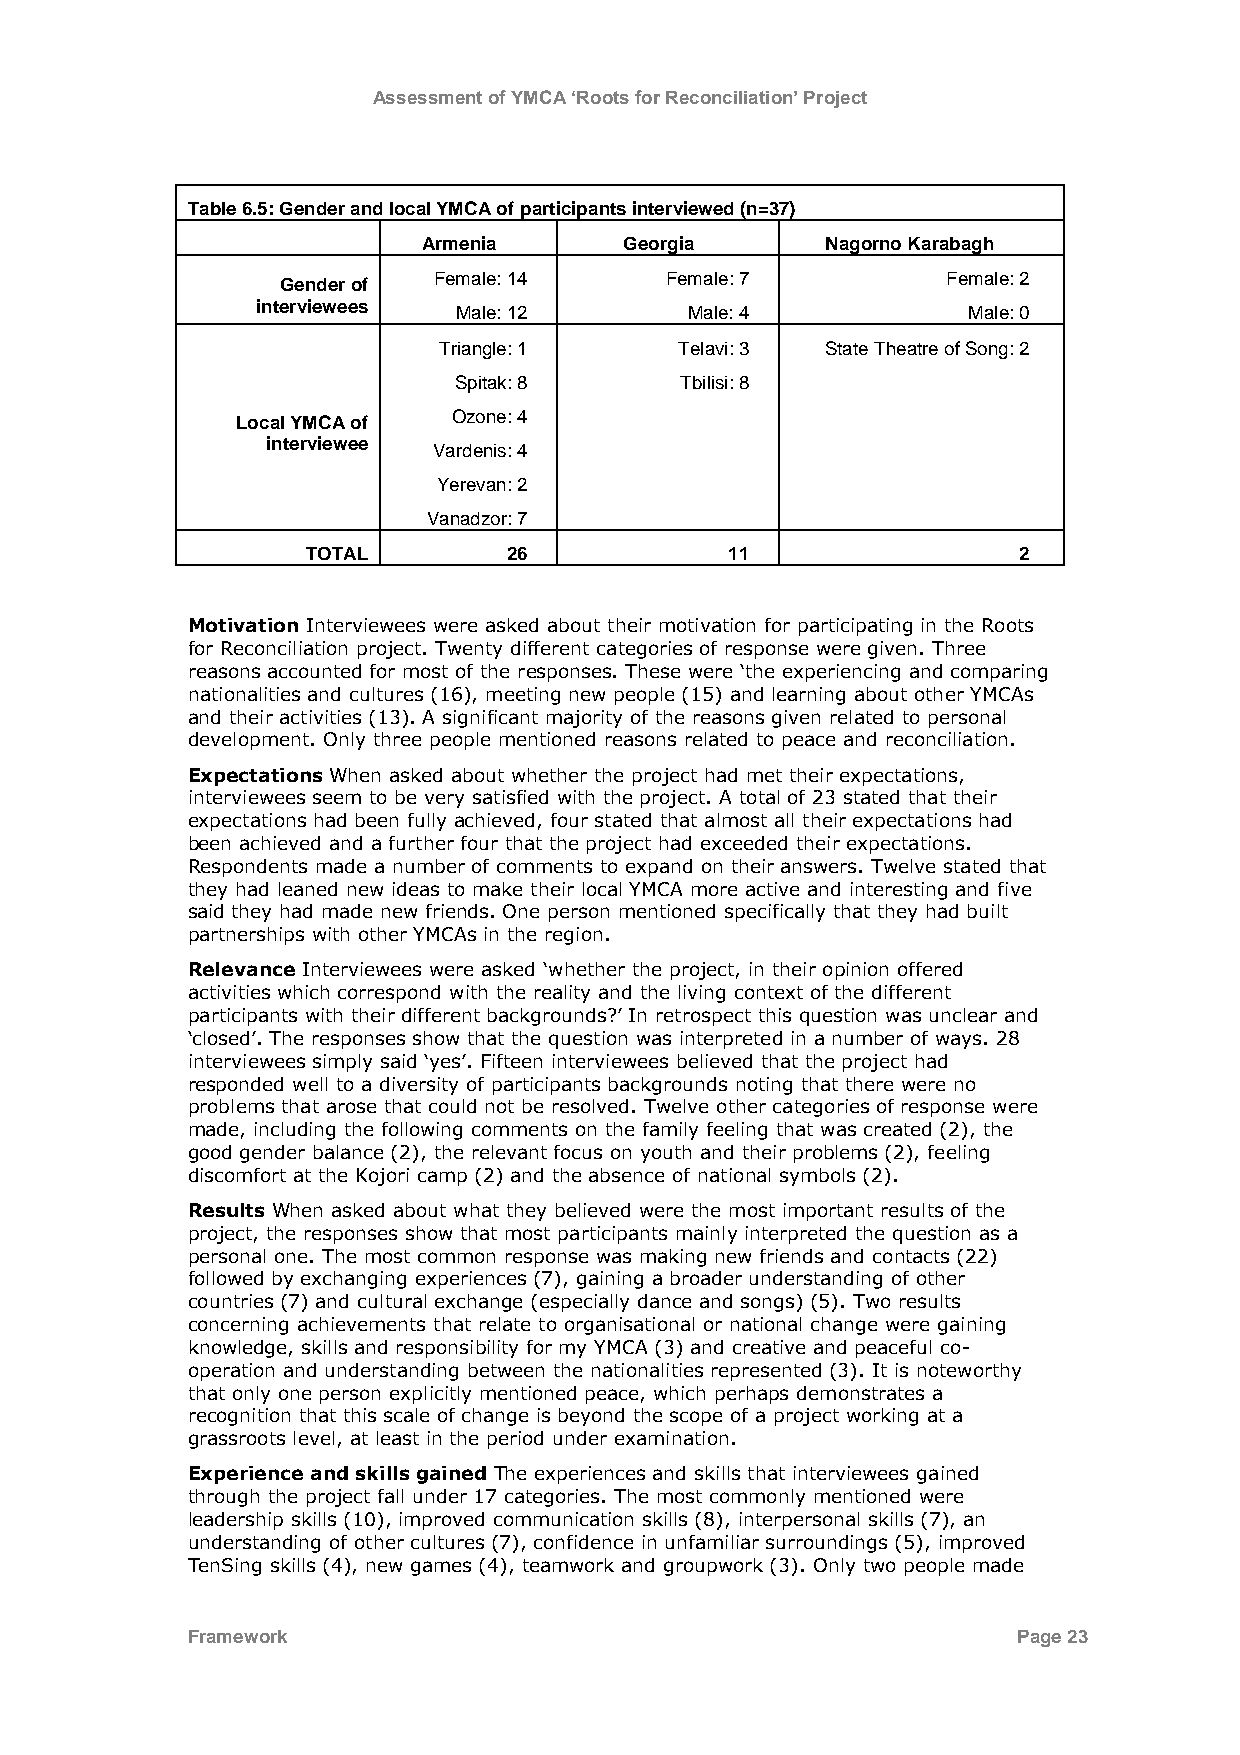
Assessment of YMCA ‘Roots for Reconciliation’ Project
 Table 6.5: Gender and local YMCA of participants interviewed (n=37)
 Armenia      Georgia       Nagorno Karabagh
 Gender of Female: 14     Female: 7          Female: 2
 interviewees
 Male: 12        Male: 4           Male: 0
 Triangle: 1     Telavi: 3 State Theatre of Song: 2
 Spitak: 8      Tbilisi: 8
 Local YMCA of Ozone: 4
 interviewee
 Vardenis: 4
 Yerevan: 2
 Vanadzor: 7
 TOTAL         26            11                 2
 Motivation Interviewees were asked about their motivation for participating in the Roots
 for Reconciliation project. Twenty different categories of response were given. Three
 reasons accounted for most of the responses. These were „the experiencing and comparing
 nationalities and cultures (16), meeting new people (15) and learning about other YMCAs
 and their activities (13). A significant majority of the reasons given related to personal
 development. Only three people mentioned reasons related to peace and reconciliation.
 Expectations When asked about whether the project had met their expectations,
 interviewees seem to be very satisfied with the project. A total of 23 stated that their
 expectations had been fully achieved, four stated that almost all their expectations had
 been achieved and a further four that the project had exceeded their expectations.
 Respondents made a number of comments to expand on their answers. Twelve stated that
 they had leaned new ideas to make their local YMCA more active and interesting and five
 said they had made new friends. One person mentioned specifically that they had built
 partnerships with other YMCAs in the region.
 Relevance Interviewees were asked „whether the project, in their opinion offered
 activities which correspond with the reality and the living context of the different
 participants with their different backgrounds?‟ In retrospect this question was unclear and
 „closed‟. The responses show that the question was interpreted in a number of ways. 28
 interviewees simply said „yes‟. Fifteen interviewees believed that the project had
 responded well to a diversity of participants backgrounds noting that there were no
 problems that arose that could not be resolved. Twelve other categories of response were
 made, including the following comments on the family feeling that was created (2), the
 good gender balance (2), the relevant focus on youth and their problems (2), feeling
 discomfort at the Kojori camp (2) and the absence of national symbols (2).
 Results When asked about what they believed were the most important results of the
 project, the responses show that most participants mainly interpreted the question as a
 personal one. The most common response was making new friends and contacts (22)
 followed by exchanging experiences (7), gaining a broader understanding of other
 countries (7) and cultural exchange (especially dance and songs) (5). Two results
 concerning achievements that relate to organisational or national change were gaining
 knowledge, skills and responsibility for my YMCA (3) and creative and peaceful co-
 operation and understanding between the nationalities represented (3). It is noteworthy
 that only one person explicitly mentioned peace, which perhaps demonstrates a
 recognition that this scale of change is beyond the scope of a project working at a
 grassroots level, at least in the period under examination.
 Experience and skills gained The experiences and skills that interviewees gained
 through the project fall under 17 categories. The most commonly mentioned were
 leadership skills (10), improved communication skills (8), interpersonal skills (7), an
 understanding of other cultures (7), confidence in unfamiliar surroundings (5), improved
 TenSing skills (4), new games (4), teamwork and groupwork (3). Only two people made
 Framework                                              Page 23